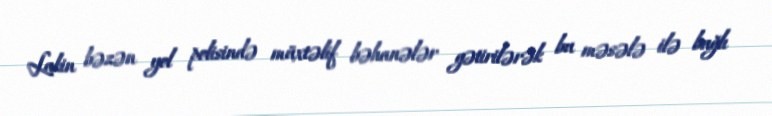
Lakin bəzən yol polisində müxtəlif bəhanələr gətirilərək bu məsələ ilə bağlı